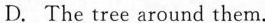
D. The tree around them.